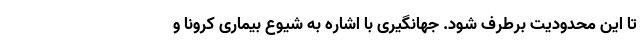
تا این محدودیت برطرف شود. جهانگیری با اشاره به شیوع بیماری کرونا و